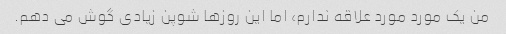
من یک مورد مورد علاقه ندارم، اما این روزها شوپن زیادی گوش می دهم.